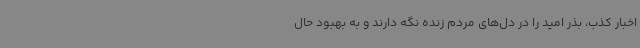
اخبار کذب، بذر امید را در دل‌های مردم زنده نگه دارند و به بهبود حال